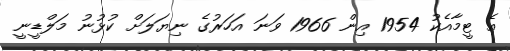
އެ ޓީމާއެކު 1954 އިން 1966 ވަނަ އަހަރުގެ ނިޔަލަށް ކުޅުނު މަލްޑީނީ